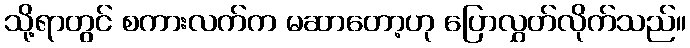
သို့ရာတွင် စကားလက်က မဆာတော့ဟု ပြောလွှတ်လိုက်သည်။